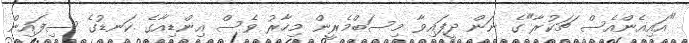
"އައިއެންއެސް ޗަކުރާ"ގެ ނަން ދީފައިވާ މިސަބްމެރީން މިހާރު ވެސް އިންޑިއާގެ ކަނޑުގެ ސިފައިން